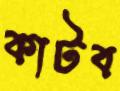
কাটব